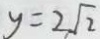
y = 2 \sqrt { 2 }